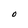
Character: O